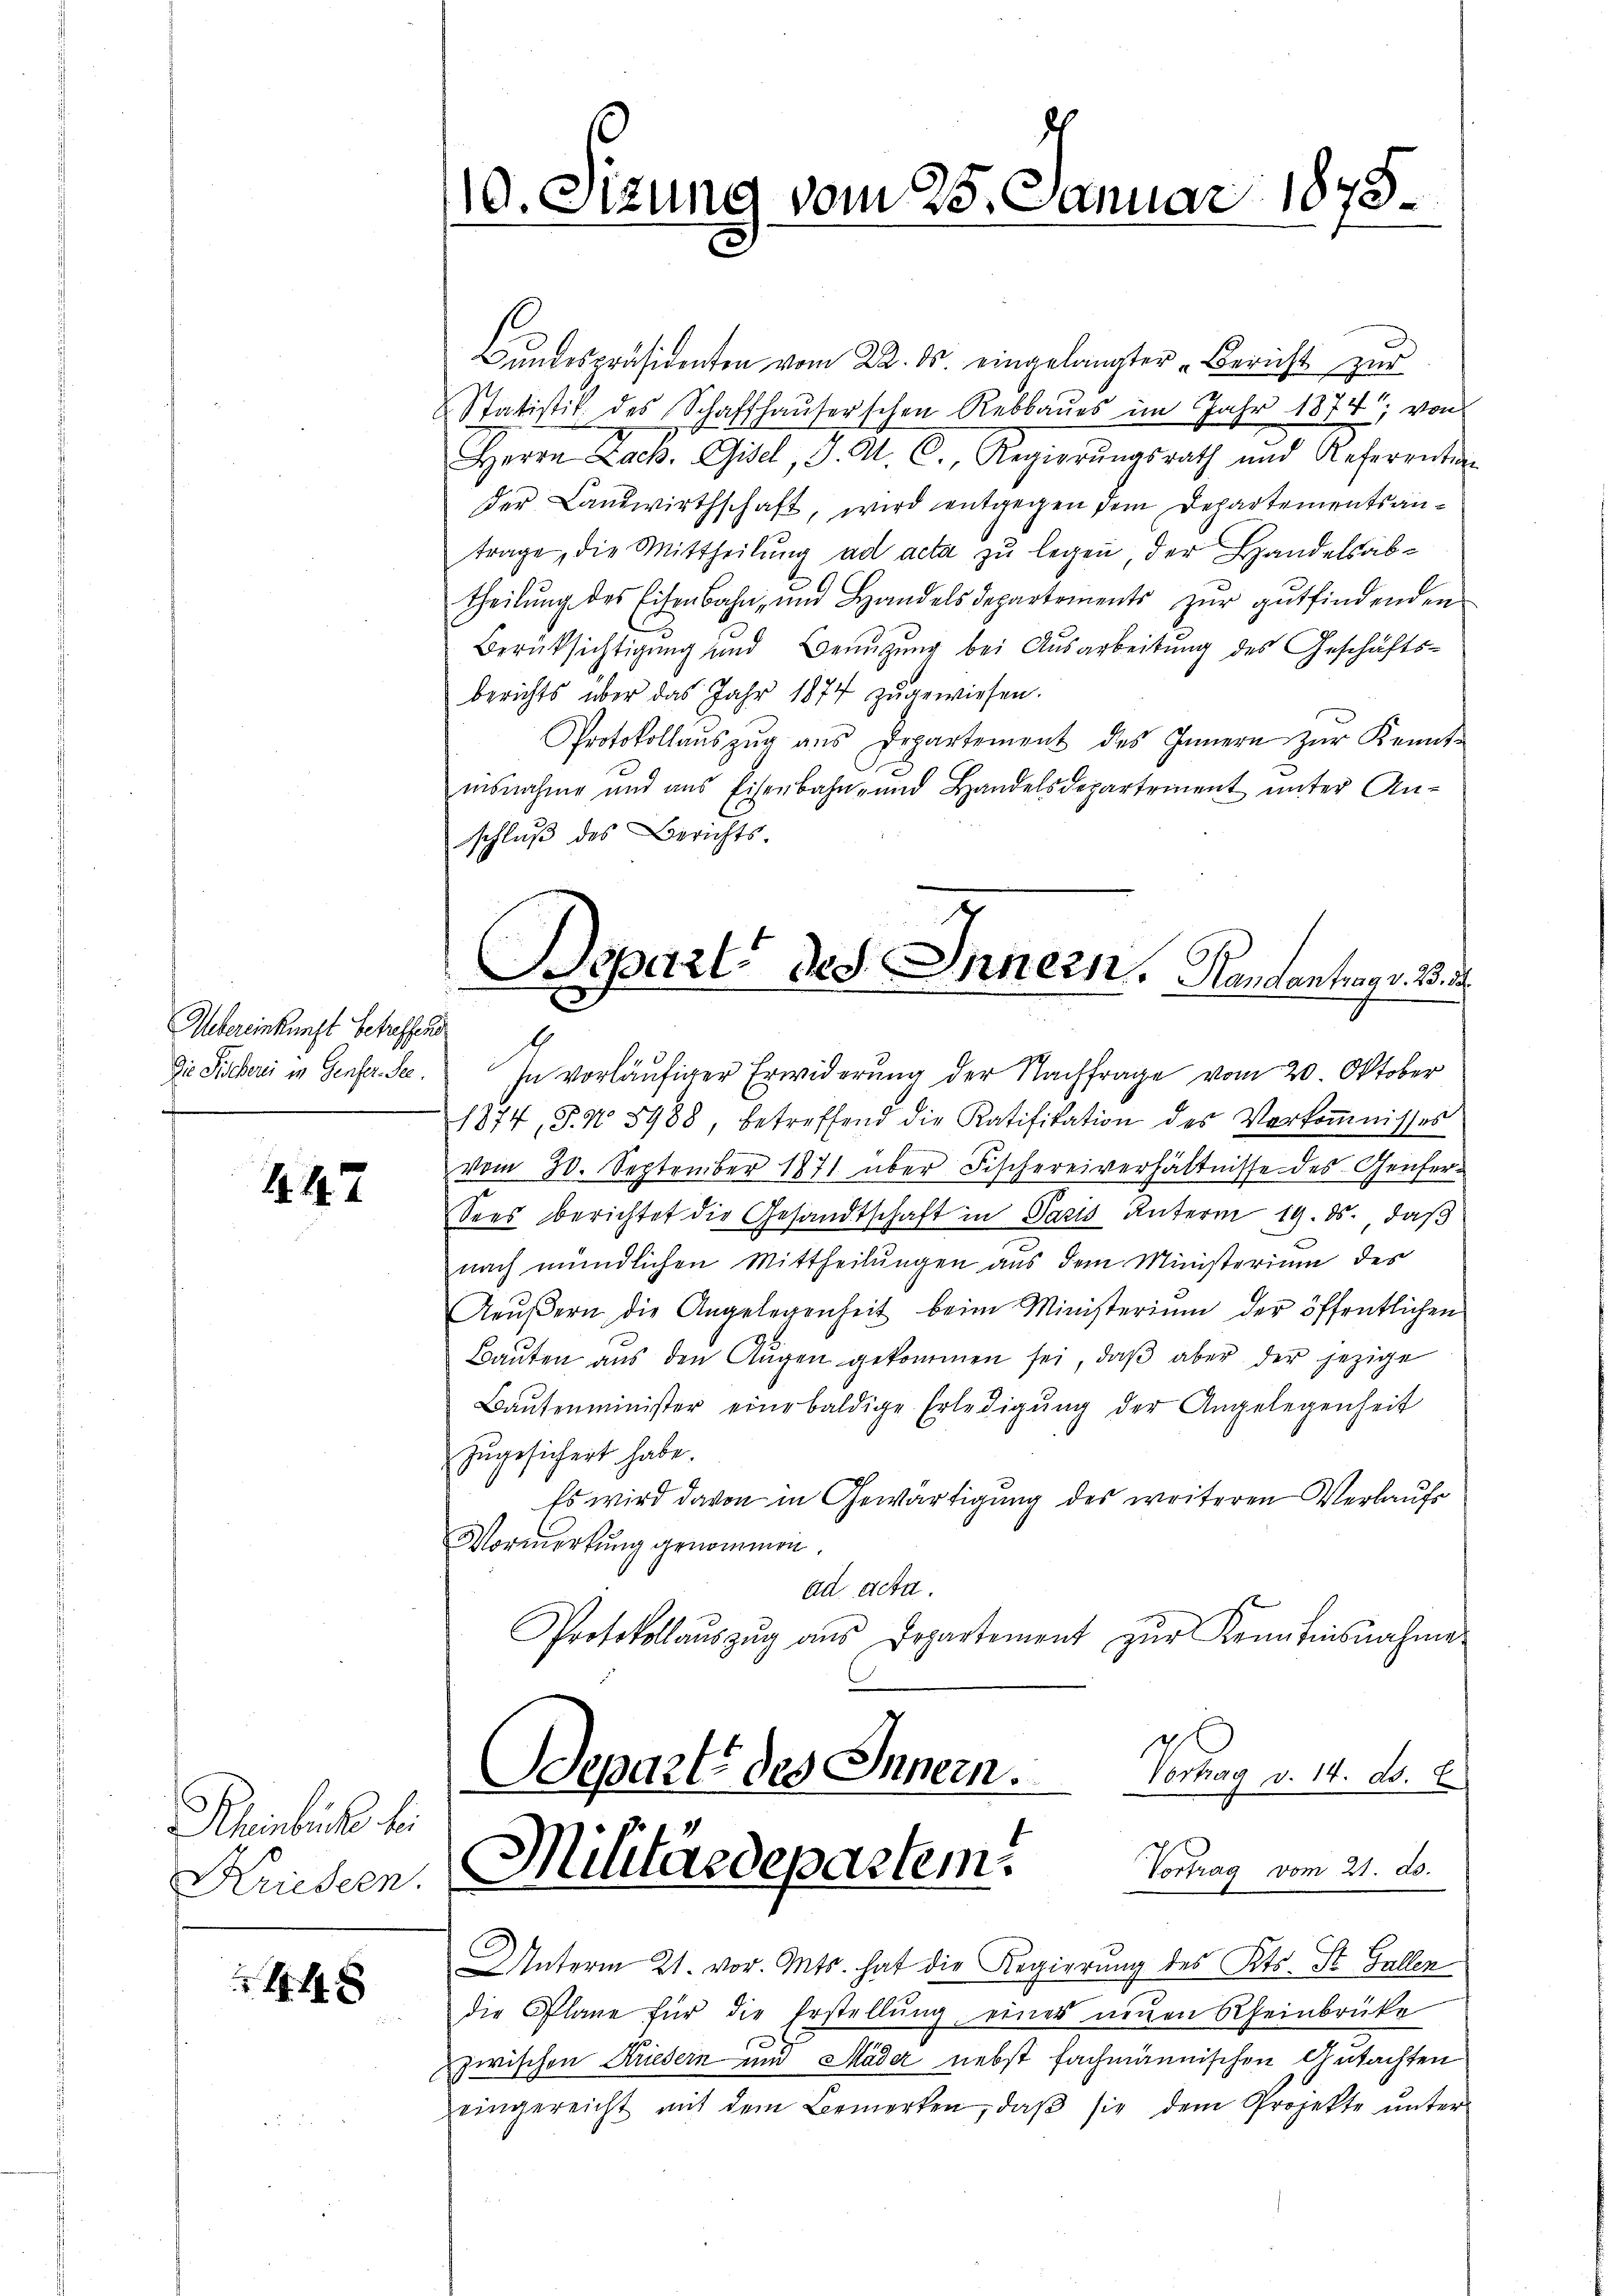
Aebereinkunft betreffend
.

447

Rheinbruch bei

x

Bundespräsidenten vom 22. ds. eingelangter „Bericht zur
Statistik des Schaffhaŭserschen Rebbaŭes im Jahr 1874, von
Herrn Lach. Gisel, d. M. C. Regierŭngsrath und Referentin
der Landwirthschaft, wird entgegen dem Departementsantrage, die Mittheilung ad acta zu legen, der Handelsabtheilung des Eisenbahn- und Handelsdepartements zur gutfindenden
Berücksichtigung und Benutzung bei Ausarbeitung des Geschäftsberichts über das Jahr 1874 zugewiesen.
Protokollaŭszŭg ans Departement des Innern zŭr Kennt-
e
nisnahme und aus Eisenbahn- und Handelsdepartement ŭnter An-
schlŭβ des Berichts-
Die Sichern in Genfer See. In vorläufiger Erwiderung der Nachfrage vom 20. Oktober
1874, S. No 8988, betreffend die Ratifikation des Verkoṁnisses
vom 30. September 1871 über Fischereiverhältnisse des Genfer¬
Sees berichtet die Gesandtschaft in Paris unterm 19. ds. daß
nach mündlichen Mittheilungen aus dem Ministerium des
Aeŭβern die Angelegenheit beim Ministerium der öffentlichen
Baŭten aus den Aŭgen gekommen sei, daβ aber der jezige
Baŭtenminister eine baldige Erledigŭng der Angelegenheit
zugesichert habe.
Es wird davon in Gewärtigung des weiteren Verlaufs
Vormerkung genommen.
ad acta.
Protokollaŭszŭg aŭs Departement zŭr Kenntnisnahme
Departe des Innern.
Vortrag v. 14. ds.
Kreszen. Militärdepartem Vorlag vom 21. d.
Unterm 21. vor. Mts. hat die Regierung des Kts. St. Gallen
die Plane für die Erstellŭng einer neuen Rheinbrüke
zwischen Kriedern und Mäder nebst fachmännischen Gutachten
eingereicht mit dem Bemerken, daβ sie dem Projekte ŭnter

10. Sizung vom 25. Januar 1878.

Bepart des Innern. Handentrage. Be